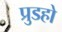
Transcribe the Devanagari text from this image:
प्रुडहो